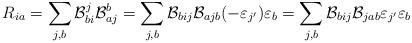
LaTeX: \begin{align*}R_{ia} = \sum_{j,b}\mathcal{B}_{bi}^j \mathcal{B}_{aj}^b = \sum_{j,b} \mathcal{B}_{bij} \mathcal{B}_{ajb}(-\varepsilon_{j'})\varepsilon_b = \sum_{j,b} \mathcal{B}_{bij} \mathcal{B}_{jab}\varepsilon_{j'}\varepsilon_b\end{align*}